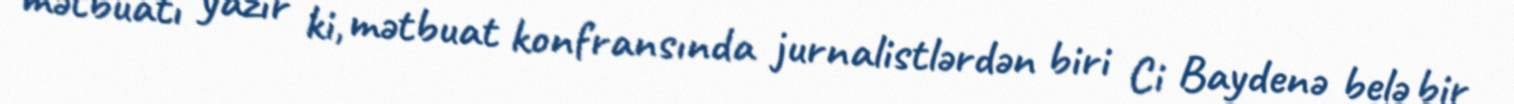
mətbuatı yazır ki, mətbuat konfransında jurnalistlərdən biri Ci Baydenə belə bir